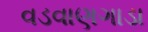
વડવાણગાડા